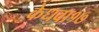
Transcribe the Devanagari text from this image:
केधवा१७